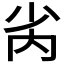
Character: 𫴻